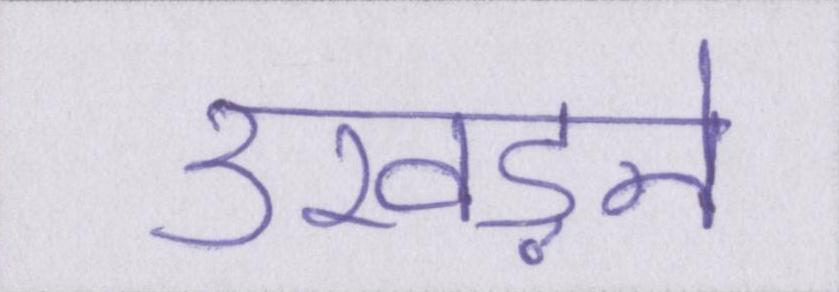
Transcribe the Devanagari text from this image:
उखड़ने